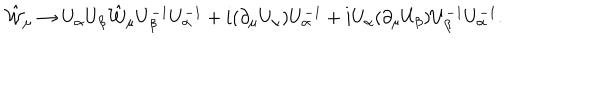
\hat { \cal W } _ { \mu } \to U _ { \alpha } U _ { \beta } \hat { \cal W } _ { \mu } U _ { \beta } ^ { - 1 } U _ { \alpha } ^ { - 1 } + i ( \partial _ { \mu } U _ { \alpha } ) U _ { \alpha } ^ { - 1 } + i U _ { \alpha } ( \partial _ { \mu } U _ { \beta } ) U _ { \beta } ^ { - 1 } U _ { \alpha } ^ { - 1 } .